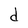
Character: d